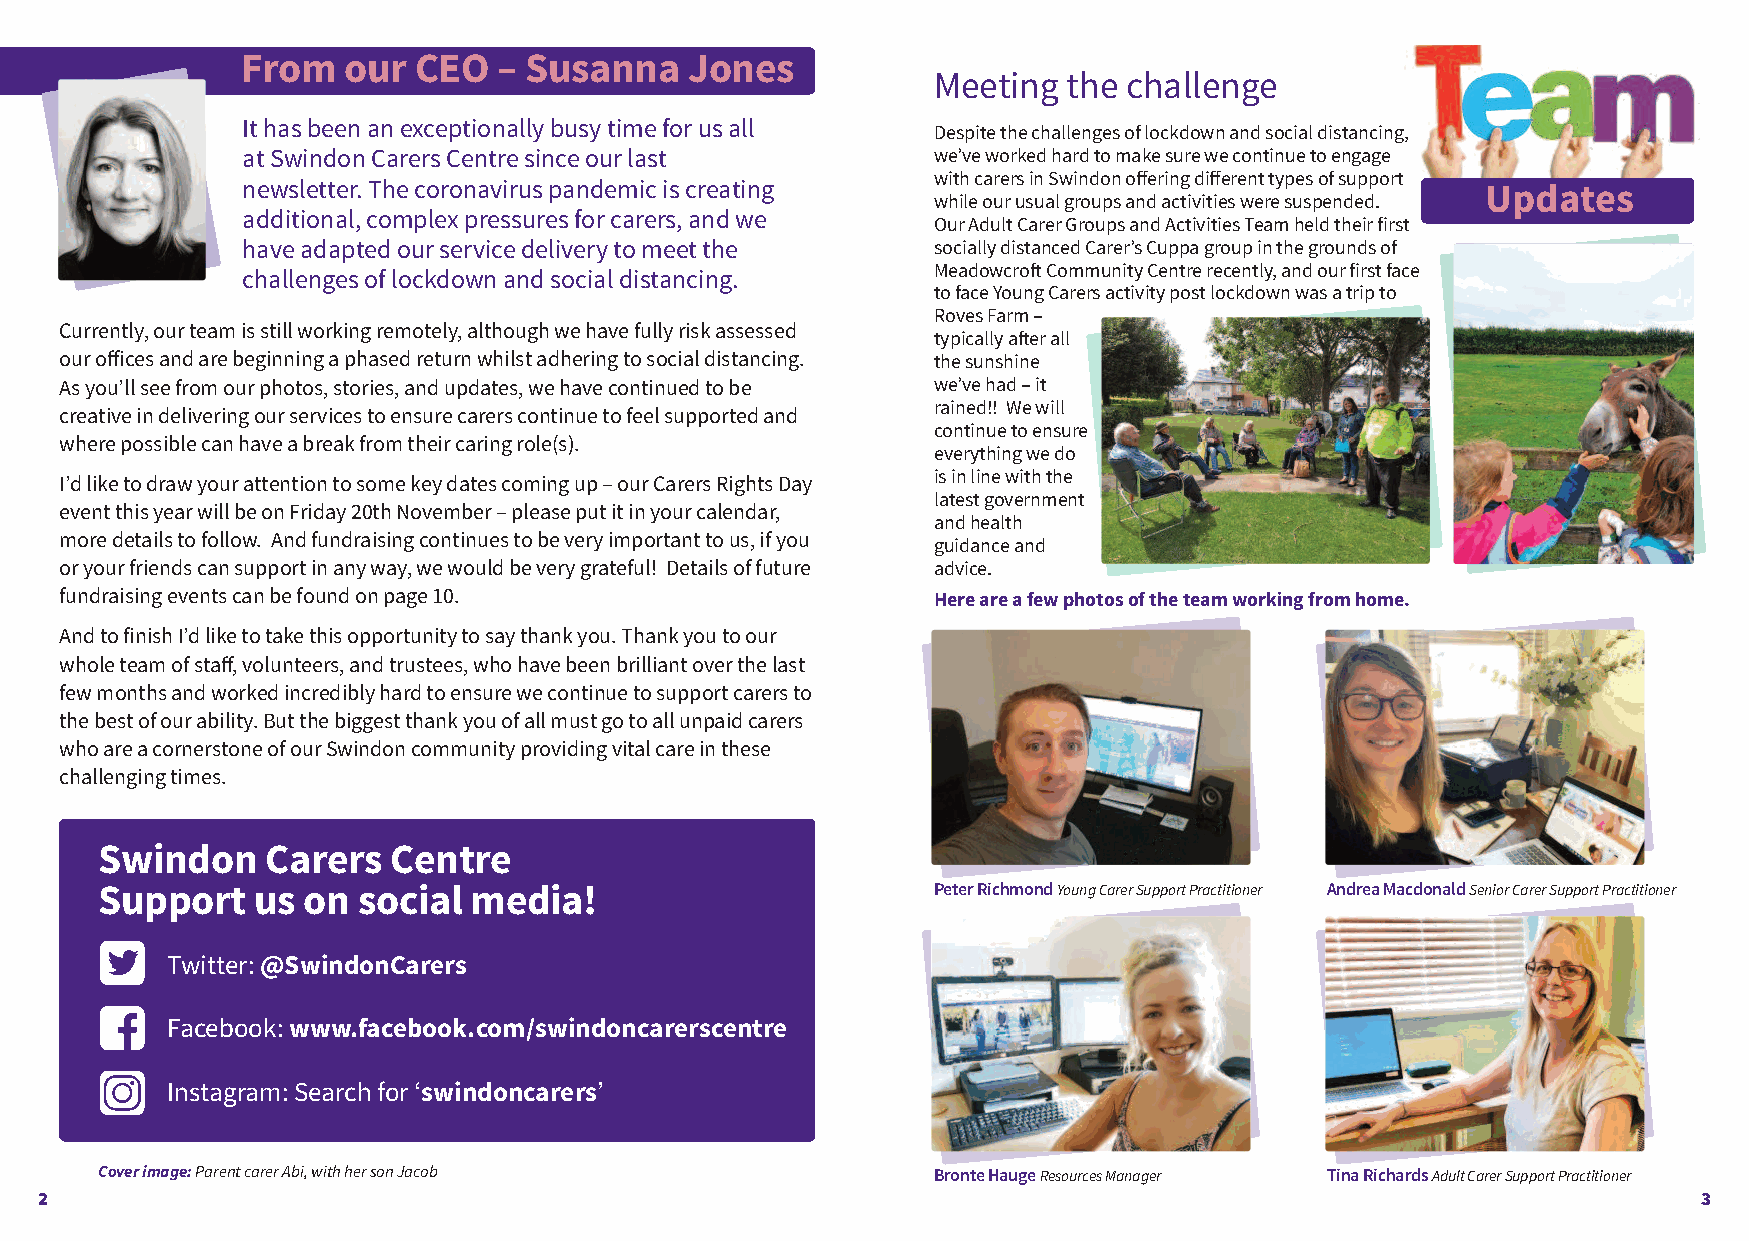
From   our CEO   – Susanna    Jones
 Meeting  the challenge
 It has been an exceptionally busy time for us all Despite the challenges of lockdown and social distancing,
 at Swindon Carers Centre since our last       we’ve worked hard to make sure we continue to engage
 with carers in Swindon offering different types of support
 newsletter. The coronavirus pandemic is creating
 Updates
 while our usual groups and activities were suspended.
 additional, complex pressures for carers, and we
 Our Adult Carer Groups and Activities Team held their first
 have adapted our service delivery to meet the socially distanced Carer’s Cuppa group in the grounds of
 Meadowcroft Community Centre recently, and our first face
 challenges of lockdown and social distancing.
 to face Young Carers activity post lockdown was a trip to
 Roves Farm –
 Currently, our team is still working remotely, although we have fully risk assessed
 typically after all
 our offices and are beginning a phased return whilst adhering to social distancing. the sunshine
 As you’ll see from our photos, stories, and updates, we have continued to be we’ve had – it
 rained!! We will
 creative in delivering our services to ensure carers continue to feel supported and
 continue to ensure
 where possible can have a break from their caring role(s).
 everything we do
 is in line with the
 I’d like to draw your attention to some key dates coming up – our Carers Rights Day
 latest government
 event this year will be on Friday 20th November – please put it in your calendar,
 and health
 more details to follow. And fundraising continues to be very important to us, if you guidance and
 or your friends can support in any way, we would be very grateful! Details of future advice.
 fundraising events can be found on page 10.               Here are a few photos of the team working from home.
 And to finish I’d like to take this opportunity to say thank you. Thank you to our
 whole team of staff, volunteers, and trustees, who have been brilliant over the last
 few months and worked incredibly hard to ensure we continue to support carers to
 the best of our ability. But the biggest thank you of all must go to all unpaid carers
 who are a cornerstone of our Swindon community providing vital care in these
 challenging times.
 Swindon    Carers  Centre
 Support   us on  social media!                         Peter RichmondYoung Carer Support Practitioner Andrea MacdonaldSenior Carer Support Practitioner
 Twitter: @SwindonCarers
 Facebook: www.facebook.com/swindoncarerscentre
 Instagram: Search for ‘swindoncarers’
 Cover image: Parent carer Abi, with her son Jacob       Bronte HaugeResources Manager Tina RichardsAdult Carer Support Practitioner
 2                                                                                                             3